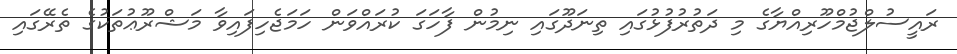
ރައީސުލްޖުމްހޫރިއްޔާގެ މި ދަތުރުފުޅުގައި ތިނަދޫގައި ނިމުން ފާހަގަ ކުރައްވަން ހަމަޖެހިފައިވާ މަޝްރޫޢުތަކުގެ ތެރޭގައި